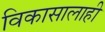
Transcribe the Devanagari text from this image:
विकासालाही